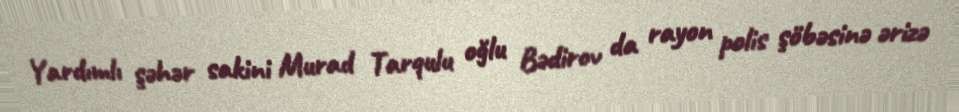
Yardımlı şəhər sakini Murad Tarqulu oğlu Bədirov da rayon polis şöbəsinə ərizə